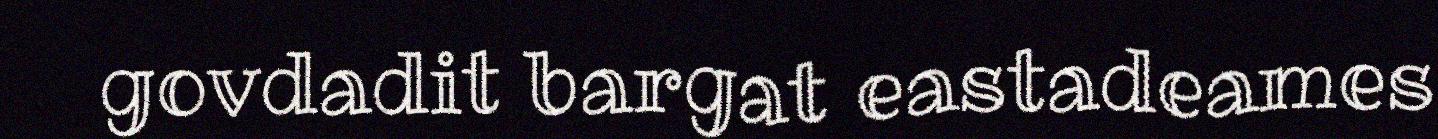
govdadit bargat eastadeames